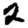
Digit: 2